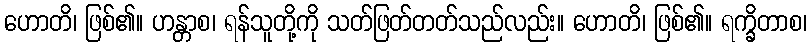
ဟောတိ၊ ဖြစ်၏။ ဟန္တာစ၊ ရန်သူတို့ကို သတ်ဖြတ်တတ်သည်လည်း။ ဟောတိ၊ ဖြစ်၏။ ရက္ခိတာစ၊